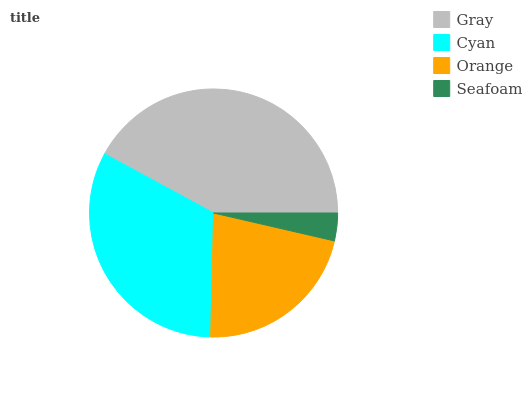
| Gray | Cyan | Orange | Seafoam |
 | --- | --- | --- | --- |
 | 42.1% | 32.5% | 21.8% | 3.62% |